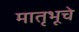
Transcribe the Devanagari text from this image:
मातृभूचे